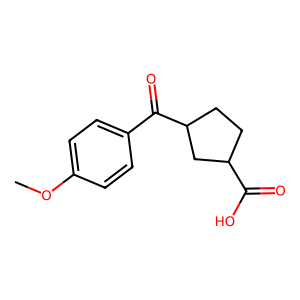
SMILES: COc1ccc(C(=O)C2CCC(C(=O)O)C2)cc1
Inhibits HIV replication: No